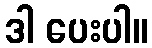
ဒါ ပေးပါ။